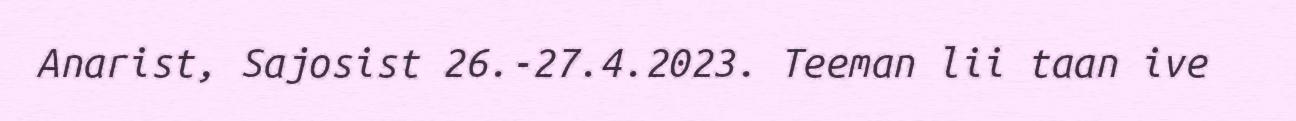
Anarist, Sajosist 26.-27.4.2023. Teeman lii taan ive